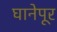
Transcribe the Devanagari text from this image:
घानेपूर